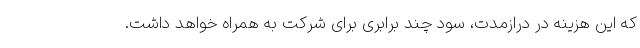
که این هزینه در درازمدت، سود چند برابری برای شرکت به همراه خواهد داشت.